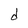
Character: d